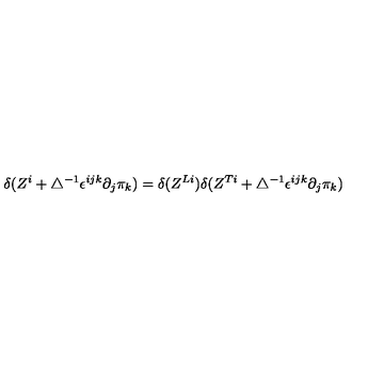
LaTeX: \delta ( Z ^ { i } + \bigtriangleup ^ { - 1 } \epsilon ^ { i j k } \partial _ { j } \pi _ { k } ) = \delta ( Z ^ { L i } ) \delta ( Z ^ { T i } + \bigtriangleup ^ { - 1 } \epsilon ^ { i j k } \partial _ { j } \pi _ { k } )